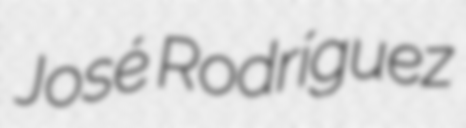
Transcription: José Rodríguez